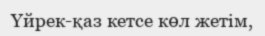
Үйрек-қаз кетсе көл жетім,